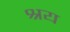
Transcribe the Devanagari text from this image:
श्रय